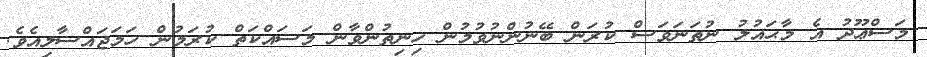
މަސްޢޫދު އެ މާޙައުލު ނުތަނަވަސް ކުރަން ބޭނުންނުވުމުން ހިނިތުންވާން މަސައްކަތް ކުރަމުން ހަމަޖައްސާލިއެވެ.